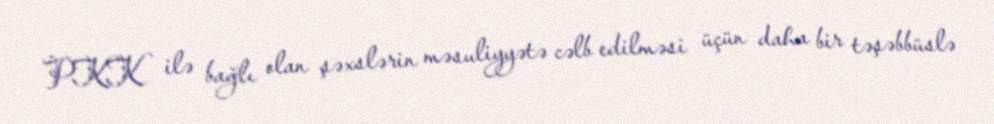
PKK ilə bağlı olan şəxslərin məsuliyyətə cəlb edilməsi üçün daha bir təşəbbüslə